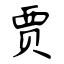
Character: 贾